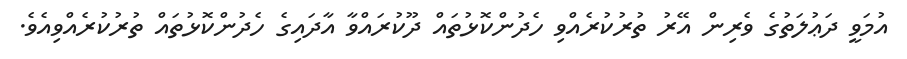
އުމަވީ ދަޢުލަތުގެ ވެރިން އޭރު ތުރުކުރެއްވި ހެދުންކޮޅުތައް ދޫކުރައްވާ އާދައިގެ ހެދުންކޮޅުތައް ތުރުކުރެއްވިއެވެ.